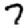
Digit: 7